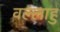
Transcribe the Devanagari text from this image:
वल्लाहु